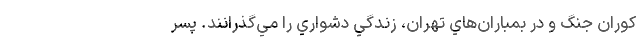
کوران جنگ و در بمباران‌هاي تهران، زندگي دشواري را مي‌گذرانند. پسر